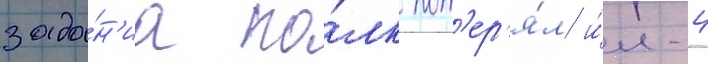
зада́н'иа по́лк пот'ер'я́л и́л-4